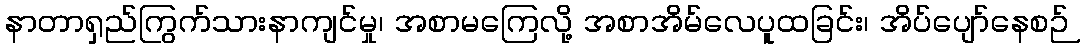
နာတာရှည်ကြွက်သားနာကျင်မှု၊ အစာမကြေလို့ အစာအိမ်လေပူထခြင်း၊ အိပ်ပျော်နေစဉ်